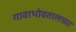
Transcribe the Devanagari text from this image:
गावाभोवतालच्या